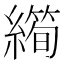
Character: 𱺆